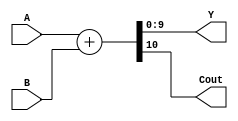
module add10 (A, B, Y, Cout);
	input [9:0] A;
	input [9:0] B;
	output reg [9:0] Y;
	output reg Cout;
	
	always@(A, B) begin
		{Cout,Y} <= A+B;
	end
	
endmodule